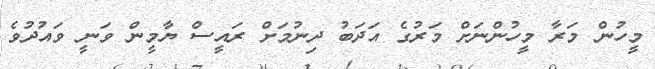
މީހުން މަރާ މީހުންނަށް މަރުގެ އަދަބު ދިނުމަށް ރައީސް ޔާމީން ވަނީ ވައުދުވެ